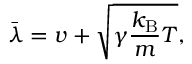
\bar { \lambda } = v + \sqrt { \gamma \frac { k _ { \mathrm { B } } } { m } T } ,